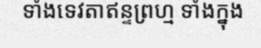
ទាំងទេវតាឥន្ទព្រហ្ម ទាំងក្នុង